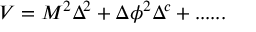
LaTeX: V = M ^ { 2 } \Delta ^ { 2 } + \Delta \phi ^ { 2 } \Delta ^ { c } + . . . . . .